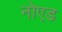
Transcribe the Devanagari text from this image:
नोएड